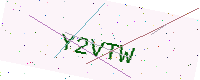
Text: Y2VTW